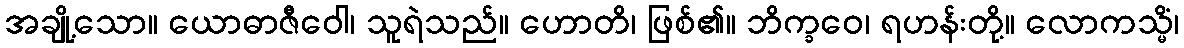
အချို့သော။ ယောဓာဇီဝေါ၊ သူရဲသည်။ ဟောတိ၊ ဖြစ်၏။ ဘိက္ခဝေ၊ ရဟန်းတို့။ လောကသ္မိံ၊